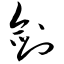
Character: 剑